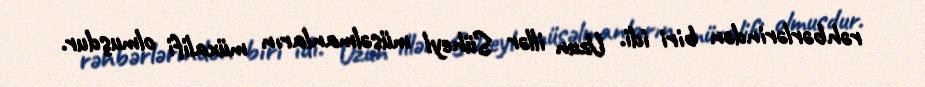
rəhbərlərindən biri idi. Uzun illər Süheyl müsəlmanların müxalifi olmuşdur.